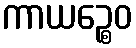
ကာယဉ္စေဝ